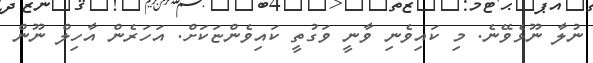
ނުލާ ނޫޅެވޭނެ. މި ކައިވެނި ވާނީ ވަގުތީ ކައިވެންޏަކަށް. އަަހަރެން އާހިލް ނޫން